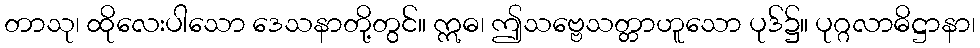
တာသု၊ ထိုလေးပါသော ဒေသနာတို့တွင်။ ဣဓ၊ ဤသဗ္ဗေသတ္တာဟူသော ပုဒ်၌။ ပုဂ္ဂလာဓိဋ္ဌာနာ၊